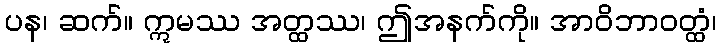
ပန၊ ဆက်။ ဣမဿ အတ္ထဿ၊ ဤအနက်ကို။ အာဝိဘာဝတ္ထံ၊